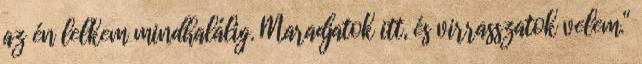
az én lelkem mindhalálig. Maradjatok itt, és virrasszatok velem.''